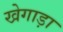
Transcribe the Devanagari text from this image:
खेगाड़ा